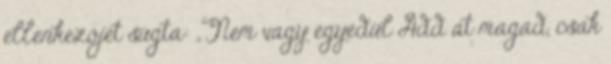
ellenkezőjét súgta: „Nem vagy egyedül Add át magad, csak